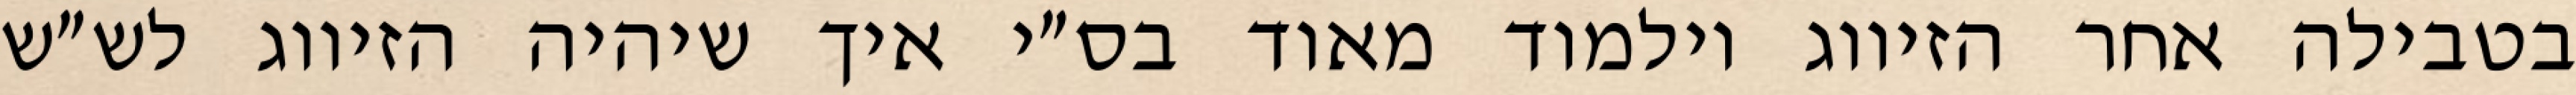
בטבילה אחר הזיווג וילמוד מאוד בס״י איך שיהיה הזיווג לש״ש